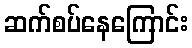
ဆက်စပ်နေကြောင်း